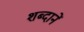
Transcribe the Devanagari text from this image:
शब्दानें